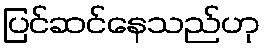
ပြင်ဆင်နေသည်ဟု